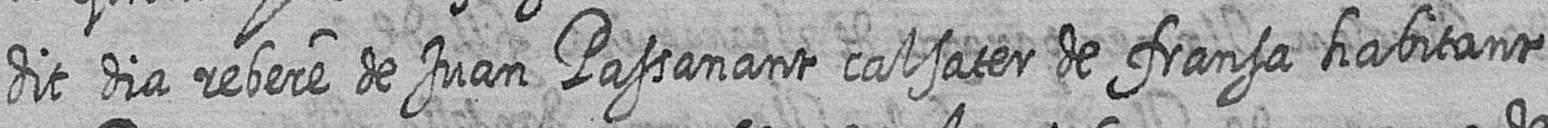
dit dia rebere de Juan Passanant calsater de fransa habitant